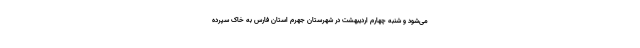
می‌شود و شنبه چهارم اردیبهشت در شهرستان جهرم استان فارس به خاک سپرده